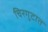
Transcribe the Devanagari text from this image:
चिरगुटात